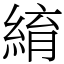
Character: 䋭